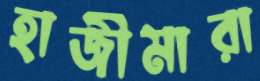
হাজীমারা